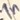
Text: In